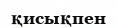
қисықпен